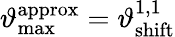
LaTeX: \vartheta_{\mathrm{max}}^{\mathrm{approx}}=\vartheta_{\mathrm{shift}}^{1,1}